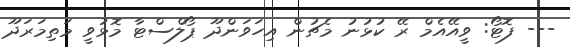
--- ފޮޓޯ: ވީއޭއެމް ރޭ ކުޅުނު މެޗުން އިހަވަންދޫ ޕޯލްސްޓާ މޮޅުވީ މަތިމަރަދޫ